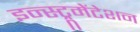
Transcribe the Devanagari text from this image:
इन्स्ट्रूमेंटेशन